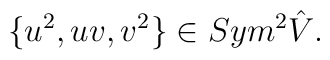
\{u^{2}, uv, v^{2} \}\in Sym^{2}\hat{V}.